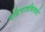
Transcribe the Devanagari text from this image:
वहिःपात्रमित्यर्थः